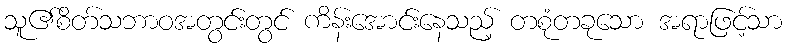
သူ၏စိတ်သဘာဝအတွင်းတွင် ကိန်းအောင်းနေသည့် တစုံတခုသော အရာဖြင့်သာ